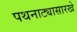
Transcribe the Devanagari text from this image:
पथनाट्यासारखे